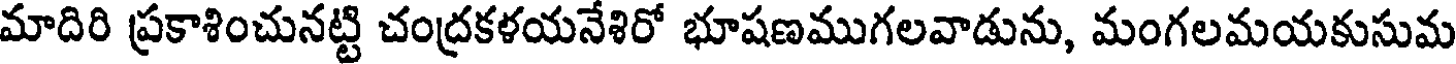
మాదిరి ప్రకాశించునట్టి చంద్రకళయనేశిరో భూషణముగలవాడును, మంగలమయకుసుమ